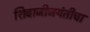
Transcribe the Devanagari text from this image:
शिवाजीजयंतीचा